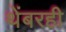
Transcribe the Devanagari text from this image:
थेंबरही